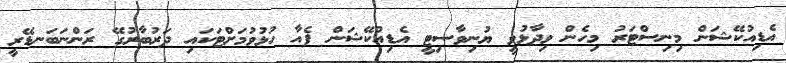
އެޑިއުކޭޝަން މިނިސްޓަރު މިހެން ވިދާޅުވީ ޔުނިވާސިޓީ އެޑިއުކޭޝަން ފެއާ ހުޅުވުމަށްޓަކައި ދަރުބާރުގޭ ރަންނަބަނޑޭރީ